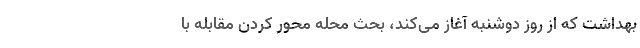
بهداشت که از روز دوشنبه آغاز می‌کند، بحث محله محور کردن مقابله با